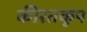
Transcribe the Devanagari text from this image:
कीरतकूप